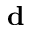
\mathbf { d }